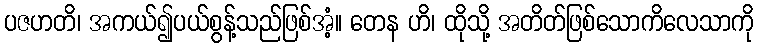
ပဇဟတိ၊ အကယ်၍ပယ်စွန့်သည်ဖြစ်အံ့။ တေန ဟိ၊ ထိုသို့ အတိတ်ဖြစ်သောကိလေသာကို